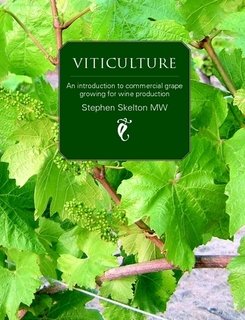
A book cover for Viticulture - An Introduction to Commercial Grape Growing for Wine Production; Stephen Skelton; Science & Math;